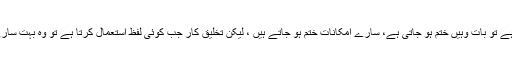
عام آدمی جب کوئی لفظ استعمال کرتا ہے تو بات وہیں ختم ہو جاتی ہے، سارے امکانات ختم ہو جاتے ہیں ، لیکن تخلیق کار جب کوئی لفظ استعمال کرتا ہے تو وہ بہت سارے امکانات کی طرف متوجہ کرتا ہے۔